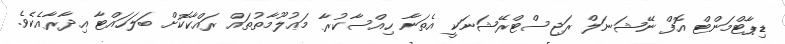
ޑިޕާޓްމަންޓް އޮފް ނޭޝަނަލް ރަޖިސްޓްރޭޝަނަކީ އެތަނާ ހިއްސާކުރާ މަޢުލޫމާތުތައް ރައްކާކޮށް ބަލަހައްޓާ އިދާރާއެކެވެ.